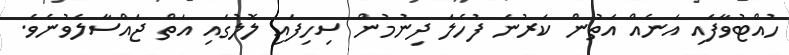
ހުއްޓުވާފައި އަނެއް އަތުން ކަރުނަ ފުހެލަ ދިނުމުން ސިހިފައި ލޮލުގައި އަތް ޖައްސާލެވުނެވެ.